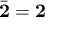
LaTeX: { \bar { \mathbf { 2 } } } = { \mathbf { 2 } }